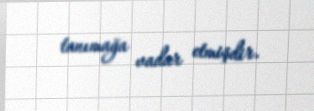
tanımağa vadar etmişdir.